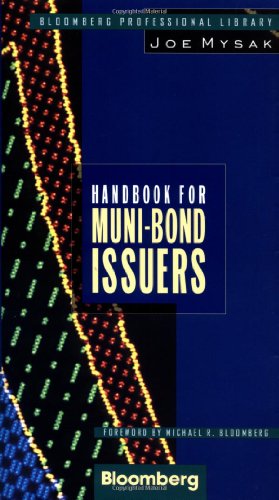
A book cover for Handbook for Muni-Bond Issuers; Joe Mysak; Business & Money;